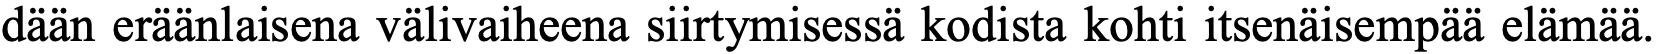
dään eräänlaisena välivaiheena siirtymisessä kodista kohti itsenäisempää elämää.